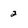
Character: 2